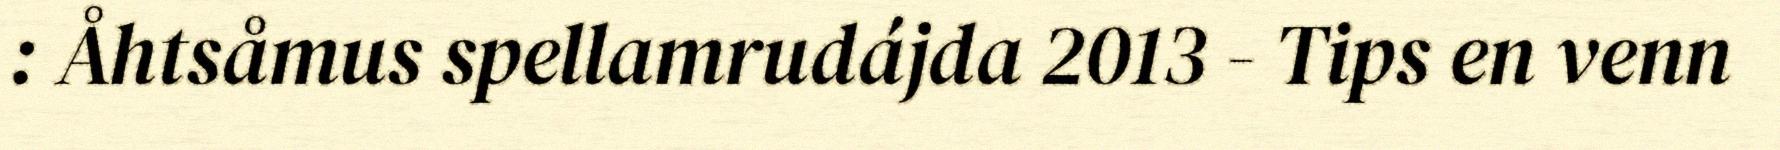
: Åhtsåmus spellamrudájda 2013 - Tips en venn